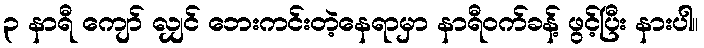
၃ နာရီ ကျော် လျှင် ဘေးကင်းတဲ့နေရာမှာ နာရီဝက်ခန့် ဖွင့်ပြီး နားပါ။